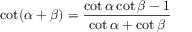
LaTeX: \cot ( \alpha + \beta ) = { \frac { \cot \alpha \cot \beta - 1 } { \cot \alpha + \cot \beta } }